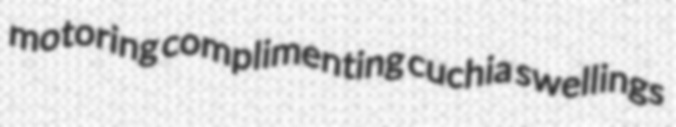
motoring complimenting cuchia swellings